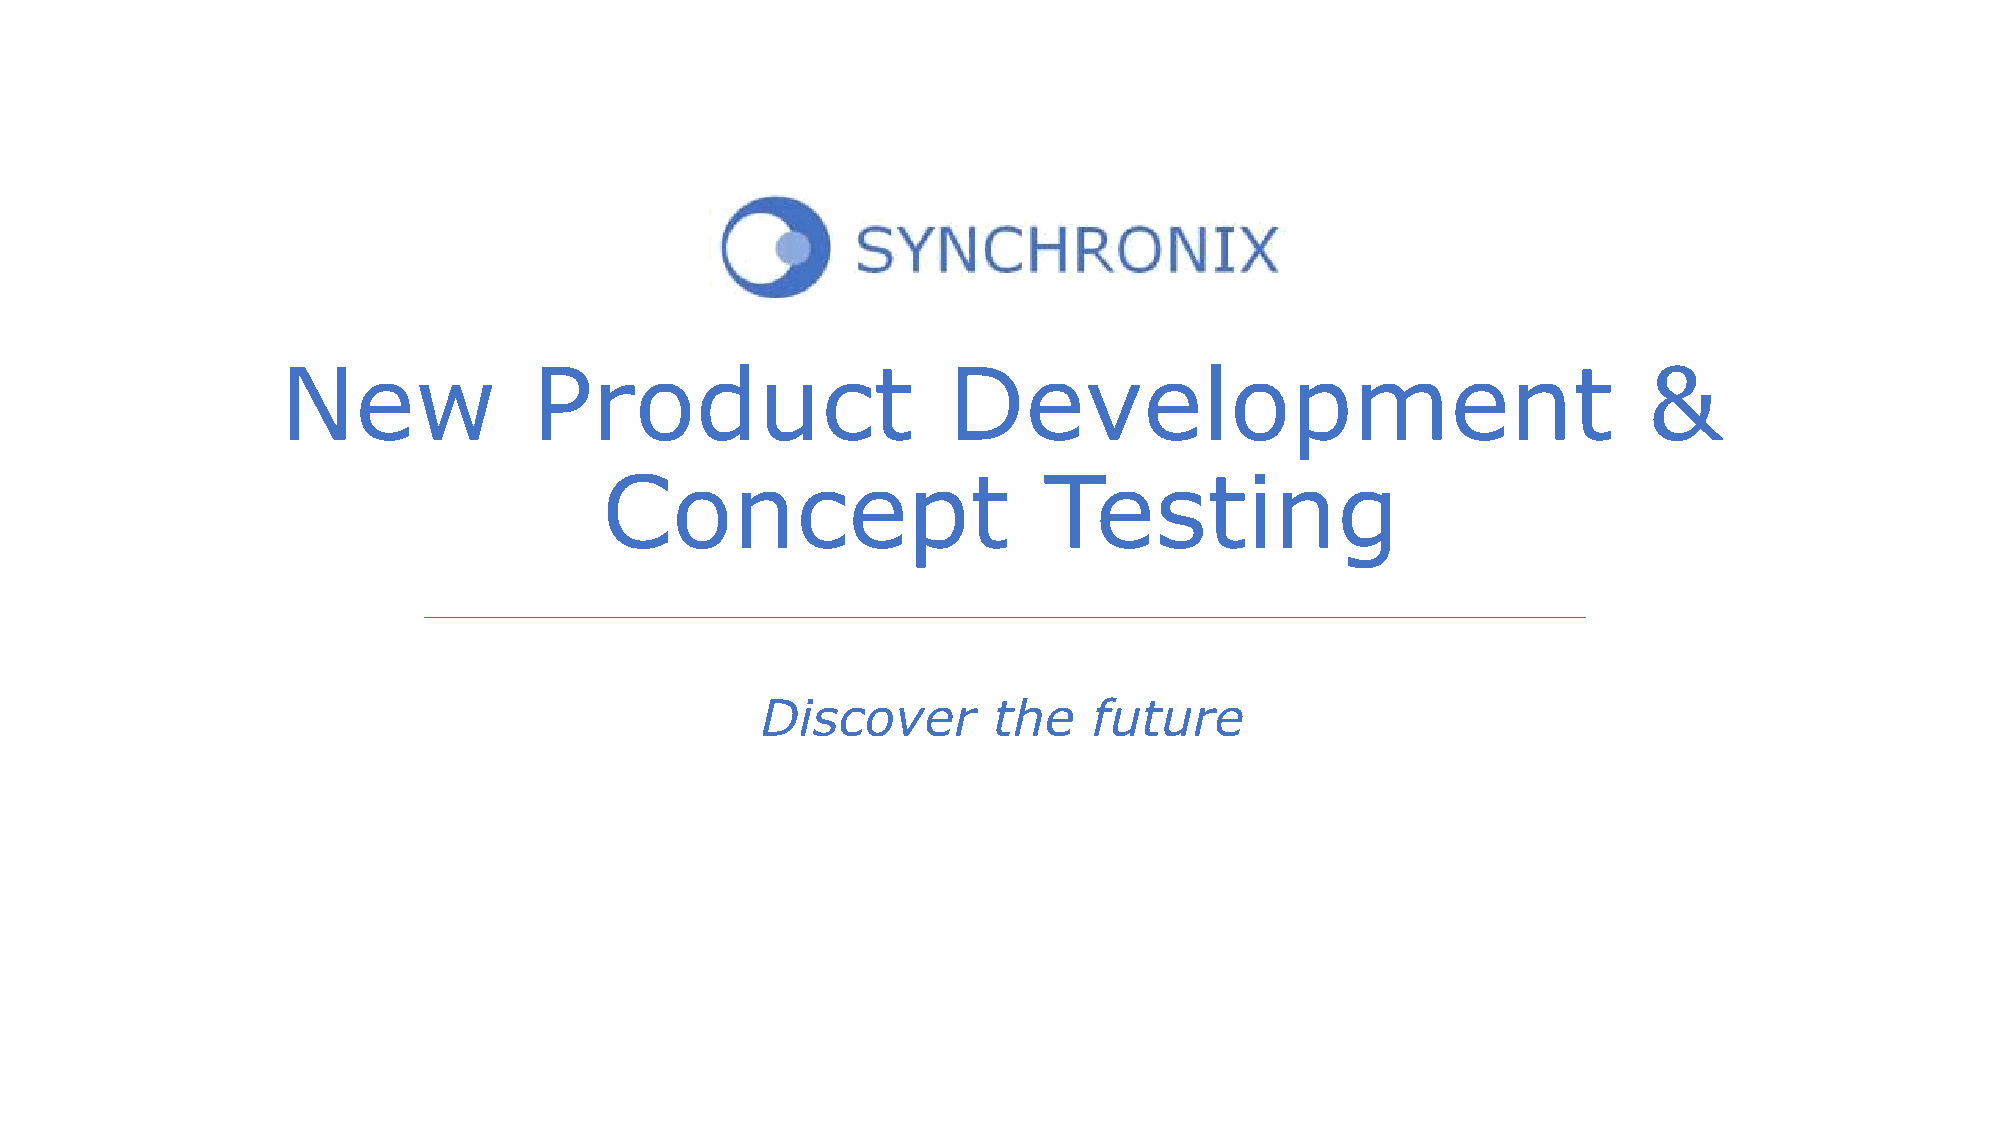
New             Product                     Development                                   &
 Concept                      Testing
 Discover        the   future